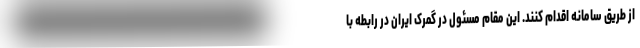
از طریق سامانه اقدام کنند. این مقام مسئول در گمرک ایران در رابطه با